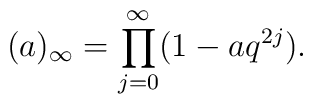
(a)_{\infty}=\prod_{j=0}^{\infty}(1-aq^{2j}).